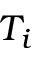
T _ { i }